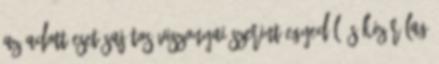
az adott eset sajátos viszonyai szerint egyedül és kizárólag